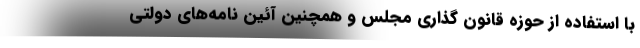
با استفاده از حوزه قانون گذاری مجلس و همچنین آئین نامه‌های دولتی